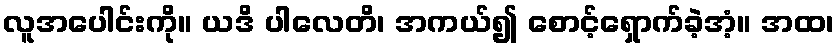
လူအပေါင်းကို။ ယဒိ ပါလေတိ၊ အကယ်၍ စောင့်ရှောက်ခဲ့အံ့။ အထ၊